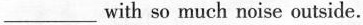
___ with so much noise outside.